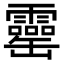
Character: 𦉣